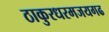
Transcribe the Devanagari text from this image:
ठाकुरधरमजयगढ